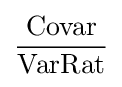
{\frac {\mbox{Covar}}{\mbox{VarRat}}}